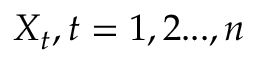
X _ { t } , t = 1 , 2 . . . , n